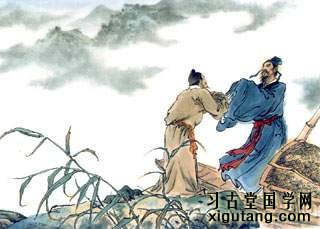
江村独归处，寂寞养残生。